Insane asylums in Bengal annual reports 1867-1875 - 1867-1875
Year: 1867
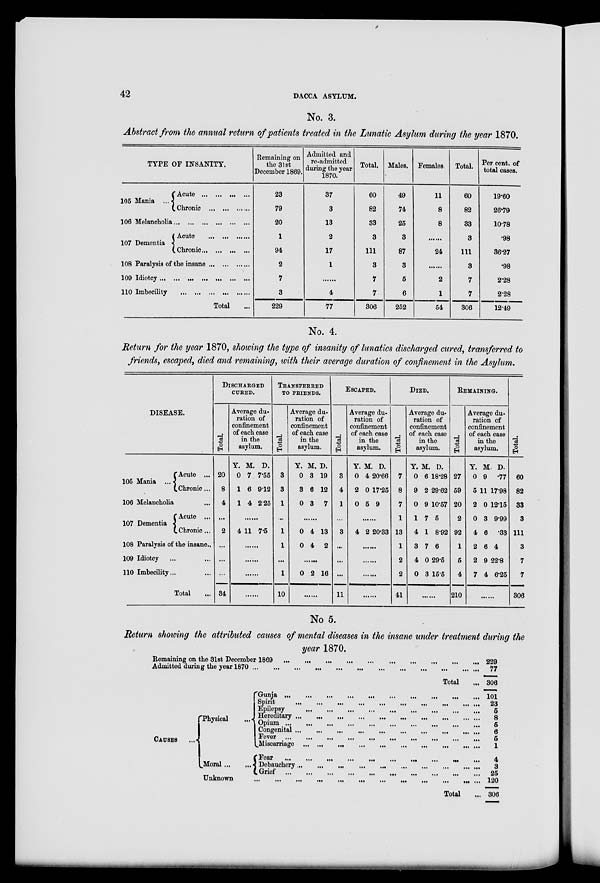
42
DACCA ASYLUM.
No. 3.
Abstract from the annual return of patients treated in the Lunatic Asylum during the year 1870.
TYPE OF INSANITY.
105 Mania ...
Acute ... ... ... ...
Chronic ... ... ...
106 Melancholia ... ... ... ... ... ...
107 Dementia
Acute ... ... ...
Chronic ... ... ... ...
108 Paralysis of the insane ... ... ...
109 Idiotcy ... ... ... ... ... ...
110 Imbecility ... ... ... ... ... ...
Total ...
Remaining on
the 31st
December 1869.
23
79
20
1
94
2
7
3
229
Admitted and
re-admitted
during the year
1870.
37
3
13
2
17
1
......
4
77
Total.
60
82
33
3
111
3
7
7
306
Males.
49
74
25
3
87
3
5
6
252
Females.
11
8
8
......
24
......
2
1
54
Total.
60
82
33
3
111
3
7
7
306
Per cent. of
total cases.
19.60
26.79
10.78
.98
36.27
.98
2.28
2.28
12.49
No. 4.
Return for the year 1870, showing the type of insanity of lunatics discharged cured, transferred to
friends, escaped, died and remaining, with their average duration of confinement in the Asylum.
DISEASE.
105 Mania ...
Acute ...
Chronic ...
106 Melancholia ...
107 Dementia
Acute ...
Chronic ...
108 Paralysis of the insane..
109 Idiotcy ... ...
110 Imbecility... ...
Total ...
DISCHARGED
CURED.
Total.
20
8
4
...
2
...
...
...
34
Average du-
ration of
confinement
of each case
in the
asylum.
Y.
0
1
1
M.
7
6
4
D.
7.55
9.12
2.25
......
4 11 7.5
......
......
......
......
TRANSFERRED
TO FRIENDS.
Total.
3
3
1
...
1
1
...
1
10
Average du-
ration of
confinement
of each case
in the
asylum.
Y.
0
3
0
M.
3
6
3
D.
19
12
7
......
0
0
4
4
13
2
......
0 2 16
......
ESCAPED.
Total.
3
4
1
...
3
...
...
...
11
Average du-
ration of
confinement
of each case
in the
asylum.
Y.
0
2
0
M
4
0
5
D.
20.66
17.25
9
......
4 2 20.33
......
......
......
......
DIED.
Total.
7
8
7
1
13
1
2
2
41
Average du-
ration of
confinement
of each case
in the
asylum.
Y.
0
9
0
1
4
3
4
0
M.
6
2
9
7
1
7
0
3
D.
18.28
29.62
10.57
5
8.92
6
29.5
15.5
......
REMAINING.
Total.
27
59
20
2
92
1
5
4
210
Average du-
ration of
confinement
of each case
in the
asylum.
Y.
0
5
2
0
4
2
2
7
M
9
11
0
3
6
6
9
4
D.
.77
17.98
12.15
9.99
.33
4
22.8
6.25
......
Total.
60
82
33
3
111
3
7
7
306
No 5.
Return showing the attributed causes of mental diseases in the insane under treatment during the
year 1870.
Remaining on the 31st December 1869 ... ... ... ... ... ... ... ... ... ... ... ... ... ... ... ...
Admitted during the year 1870 ... ... ... ... ... ... ... ... ... ... ... ... ... ... ... ... ... ... ...
Total ...
229
77
306
CAUSES
...
Physical
...
Moral ... ...
Gunja
...
...
...
...
...
...
...
...
...
...
Spirit
...
...
...
...
...
...
...
...
...
...
Epilepsy
...
...
...
...
...
...
...
...
Hereditary
...
...
...
...
...
...
...
...
Opium
...
...
...
...
...
...
...
...
Congenital
...
...
...
...
...
...
...
...
Fever
...
...
...
...
...
...
...
...
...
...
Miscarriage
...
...
...
...
...
...
...
...
Fear
...
...
...
...
...
...
...
...
...
Debauchery
...
...
...
...
...
...
...
...
Grief
...
...
...
...
...
...
...
...
Unknown
...
...
...
...
...
...
...
Total ...
101
23
5
8
5
6
5
1
4
3
25
120
306